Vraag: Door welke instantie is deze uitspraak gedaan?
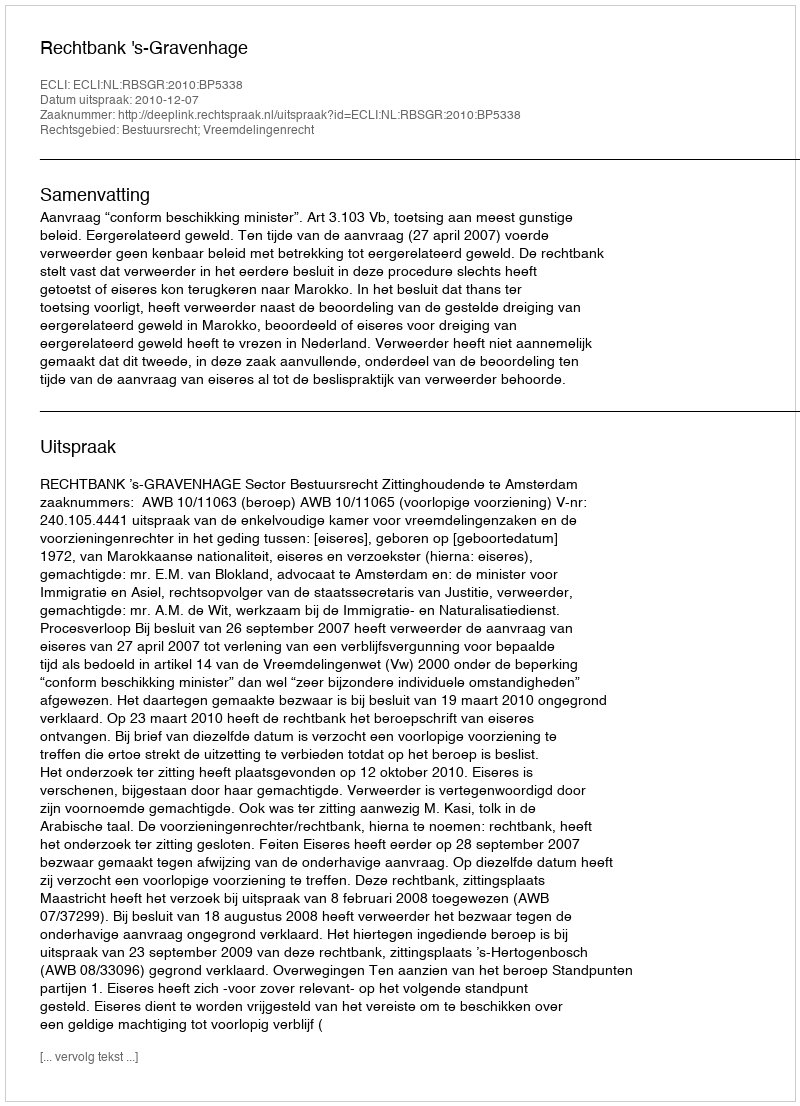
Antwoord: Rechtbank 's-Gravenhage